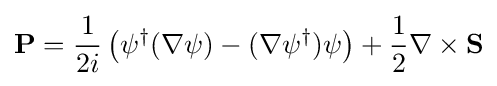
{\mathbf {P} }={\frac {1}{2i}}\left(\psi ^{\dagger }(\nabla \psi )-(\nabla \psi ^{\dagger })\psi \right)+{\frac {1}{2}}\nabla \times {\mathbf {S} }